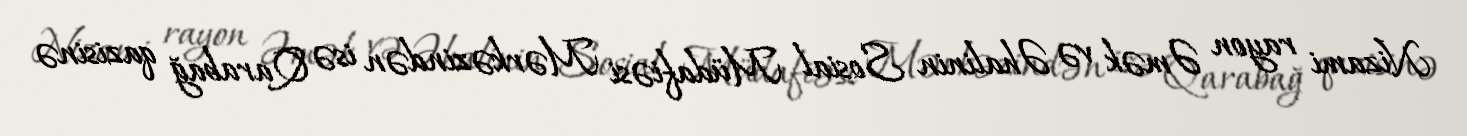
Nizami rayon Əmək və Əhalinin Sosial Müdafiəsi Mərkəzindən isə Qarabağ qazisinə